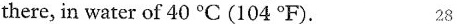
there, in water of 40 ℃ (104 °F). 28